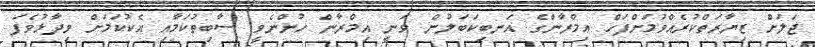
ޖަލަށް ޒިޔާރަތްކުރެއްވުމަށްފަހް އިމްރާންގެ އަނބިކަބަލުން ވަނީ އިމްރާން ހުންނެވީ ސާބިތުކަމާއި އެކުކަމަށް ވިދާޅުވެފަ